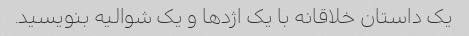
یک داستان خلاقانه با یک اژدها و یک شوالیه بنویسید.